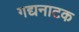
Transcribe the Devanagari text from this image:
गद्यनाटक